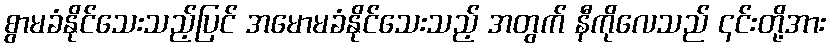
စွာမခံနိုင်သေးသည့်ပြင် အမောမခံနိုင်သေးသည့် အတွက် နီကိုလေသည် ၎င်းတို့အား